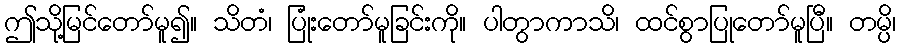
ဤသို့မြင်တော်မူ၍။ သိတံ၊ ပြုံးတော်မူခြင်းကို။ ပါတွာကာသိ၊ ထင်စွာပြုတော်မူပြီ။ တမ္ပိ၊